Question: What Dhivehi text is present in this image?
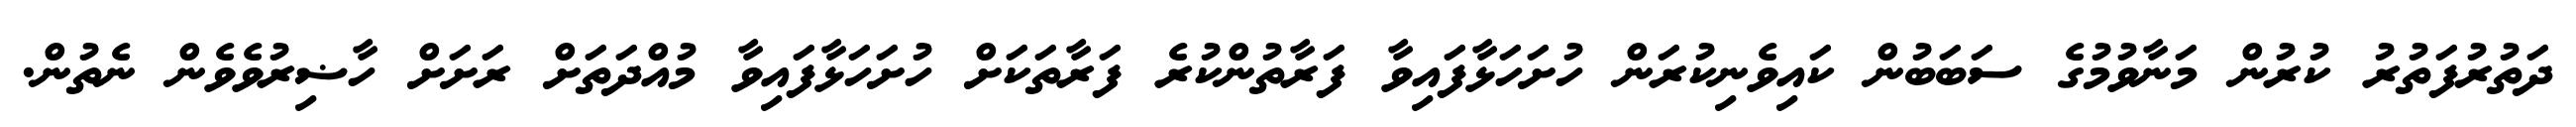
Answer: ދަތުރުފަތުރު ކުރުން މަނާވުމުގެ ސަބަބުން ކައިވެނިކުރަން ހުށަހަޅާފައިވާ ފަރާތުންކުރެ ފަރާތަކަށް ހުށަހަޅާފައިވާ މުއްދަތަށް ރަށަށް ހާޟިރުވެވެން ނެތުން.